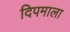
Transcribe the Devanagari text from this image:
दिपमाला